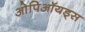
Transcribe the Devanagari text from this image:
ओपिऑयड्स